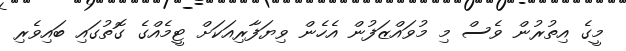
މީގެ އިތުރުން ވެސް މި މުވައްޒަފުން އެހެން ވިޔަފާރިއަކަށް ޓީމެއްގެ ގޮތުގައި ބައިވެރި